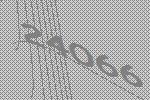
24066